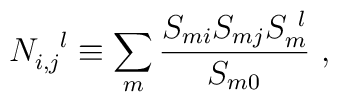
N_{i,j}^{~~l} \equiv \sum_m \frac{S_{mi} S_{mj} S_{m}^{~l}}{S_{m0}}~,